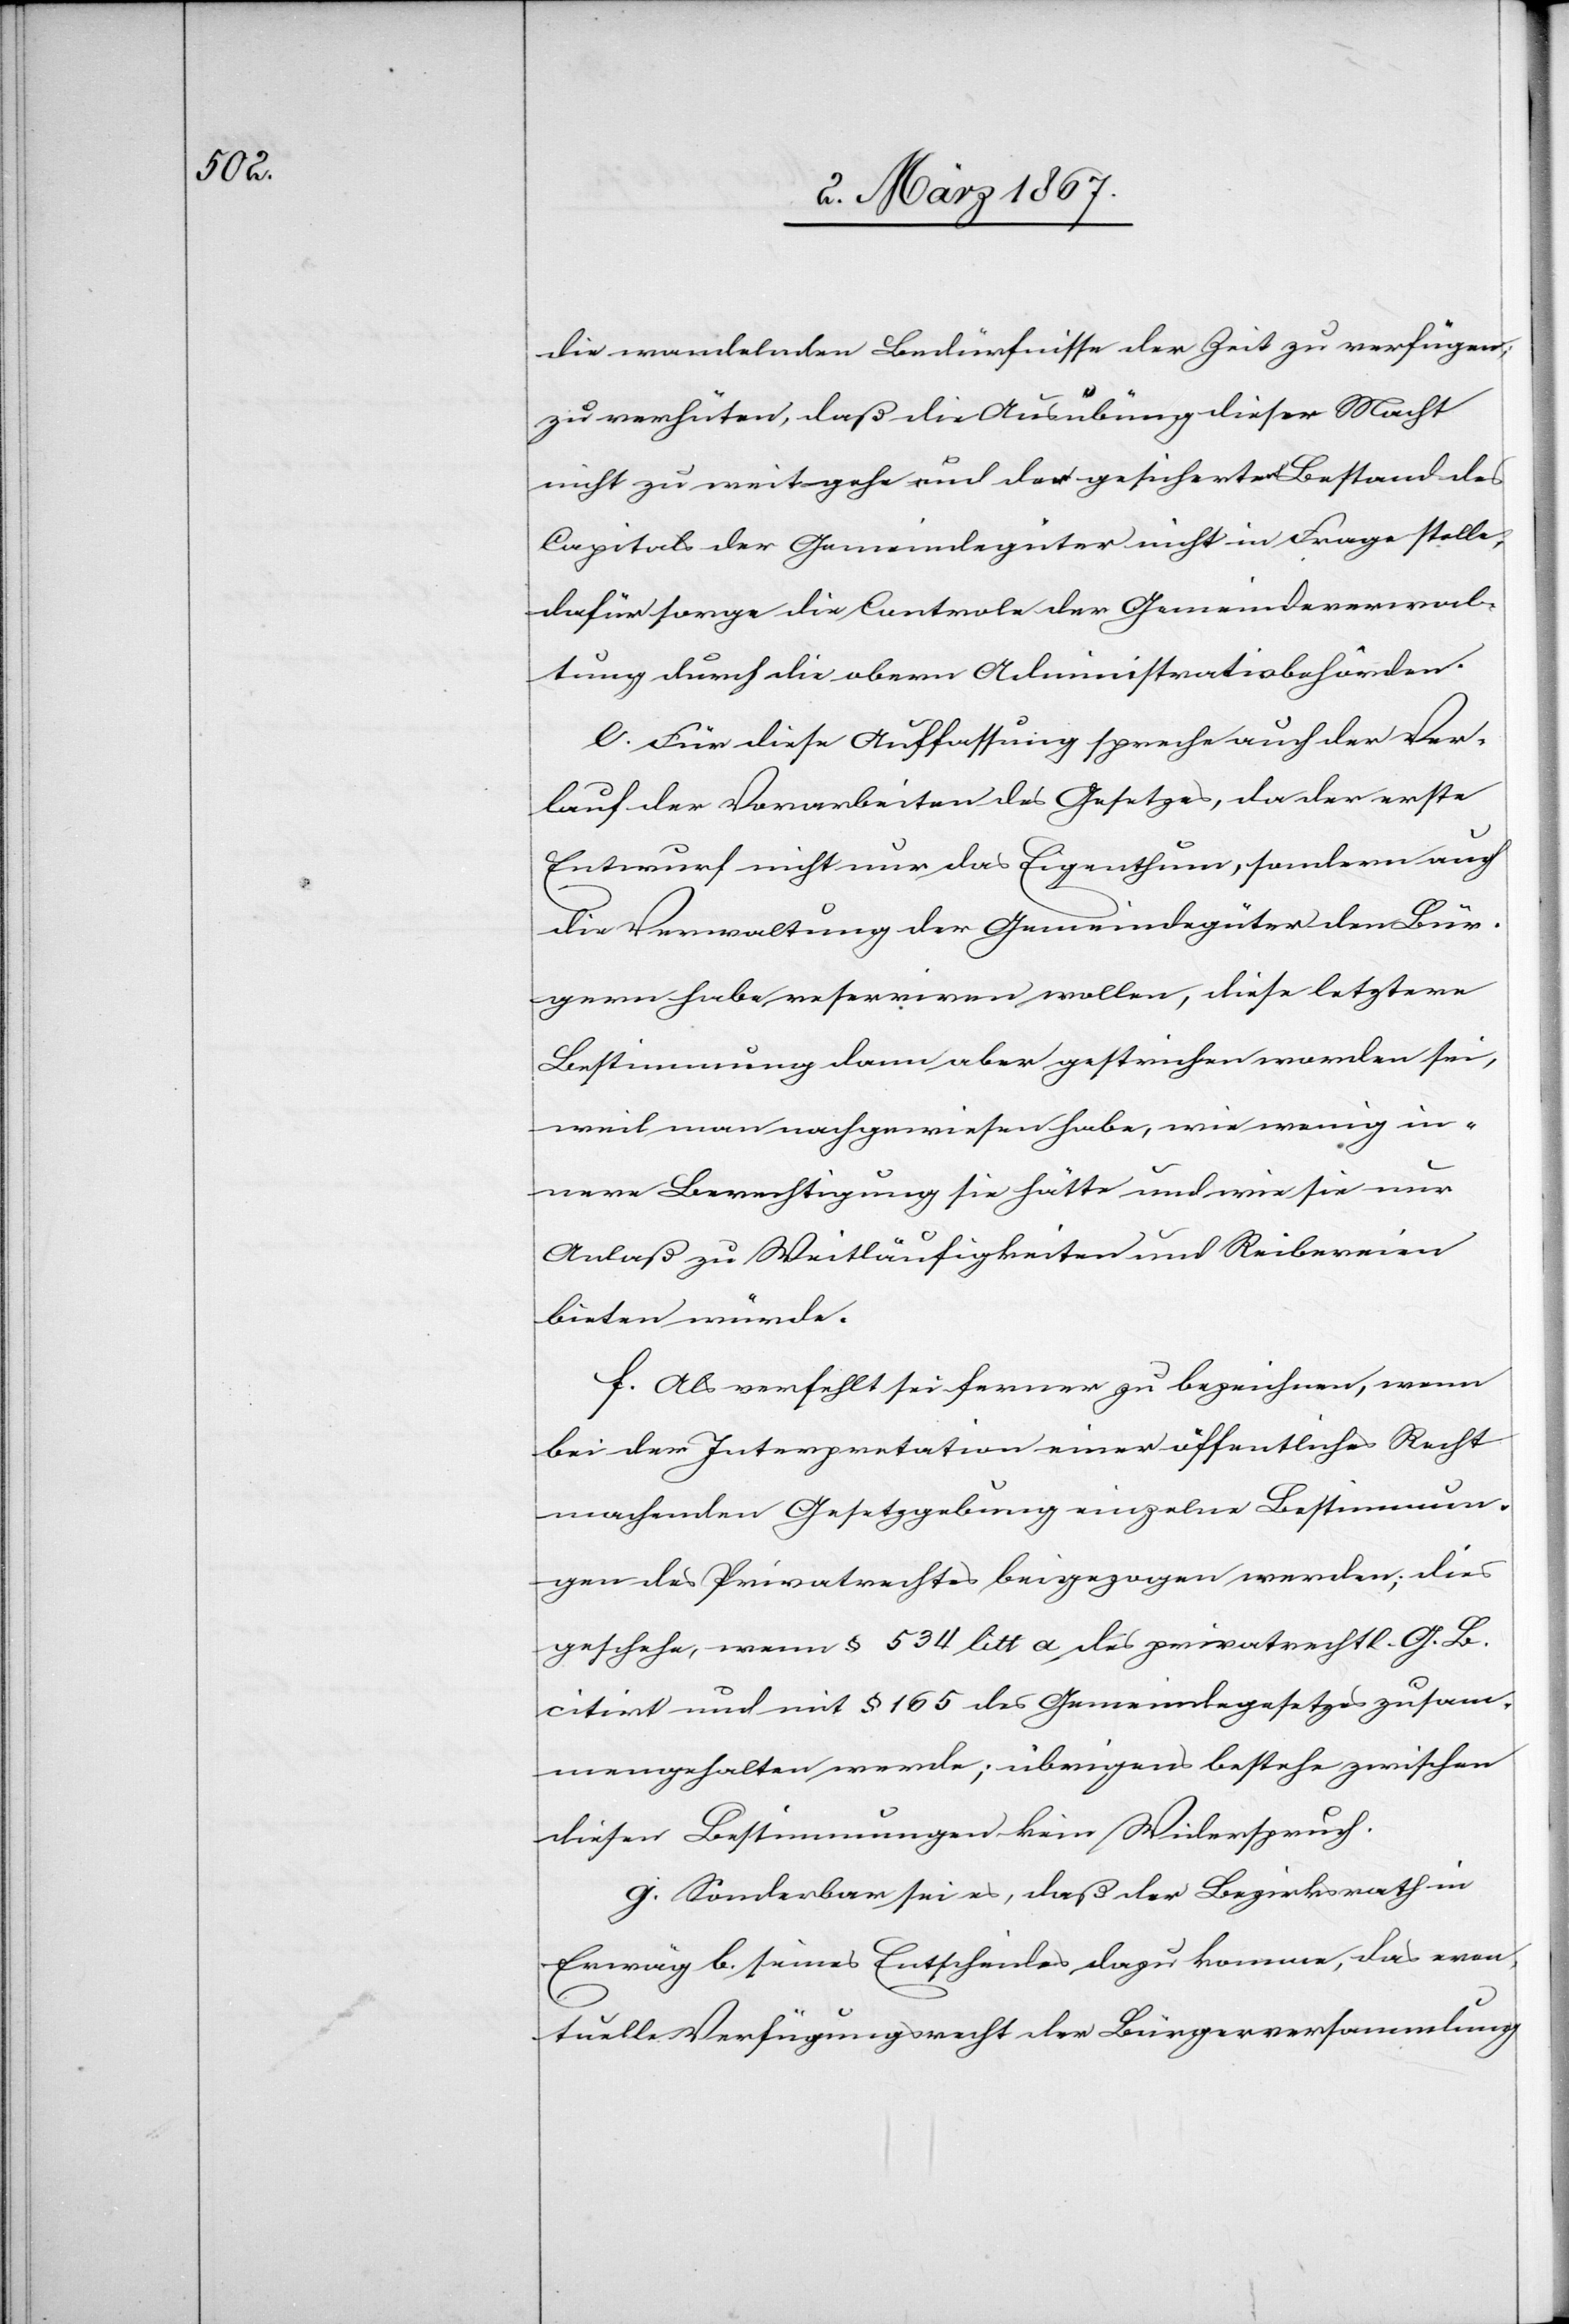
die wandelnden Bedürfnisse der Zeit zu verfügen;
zu verhüten, daß die Ausübung dieser Macht
nicht zu weit gehe und der gesicherte Bestand des
Capitals der Gemeindegüter nicht in Frage stelle,
dafür sorge die Controle der Gemeindeverwal¬
tung durch die obern Administrativbehörden.
e. Für diese Auffassung spreche auch der Ver¬
lauf der Vorarbeiten des Gesetzes, da der erste
Entwurf nicht nur das Eigenthum, sondern auch
die Verwaltung der Gemeindegüter den Bür¬
gern habe reserviren wollen, diese letztere
Bestimmung dann aber gestrichen worden sei,
weil man nachgewiesen habe, wie wenig in¬
nere Berechtigung sie hätte und wie sie nur
Anlaß zu Weitläufigkeiten und Reibereien
leisten würde.
f. Als verfehlt sei ferner zu bezeichnen, wenn
bei der Interpretation einer öffentliches Recht
machenden Gesetzgebung einzelne Bestimmun¬
gen des Privatrechtes beigezogen werden; dies
geschehe, wenn § 534 litt a des privatrechtl. G. B.
citirt und mit § 165 des Gemeindegesetzes zusam¬
mengehalten werde; übrigens bestehe zwischen
diesen Bestimmungen kein Widerspruch.
g. Sonderbar sei es, daß der Bezirksrath in
Erwäg b. seines Entscheides dazu komme, das even¬
tuelle Verfügungsrecht der Bürgerversammlung